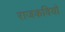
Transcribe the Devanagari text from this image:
राजकवियों